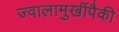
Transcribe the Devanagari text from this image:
ज्वालामुखींपैकी